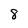
Character: 8